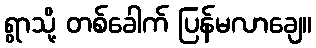
ရွာသို့ တစ်ခေါက် ပြန်မလာချေ။